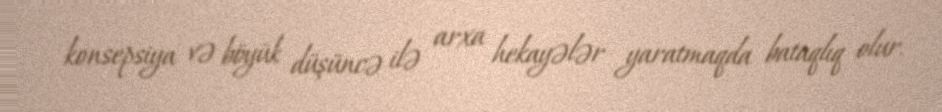
konsepsiya və böyük düşüncə ilə arxa hekayələr yaratmaqda bataqlıq olur.